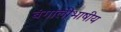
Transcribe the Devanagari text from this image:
बंगालीभाषीय